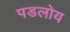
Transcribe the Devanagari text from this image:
पडलोय